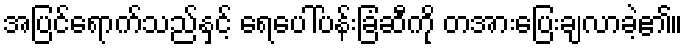
အပြင်ရောက်သည်နှင့် ရေပေါ်ပန်းခြံဆီကို တအားပြေးချလာခဲ့၏။